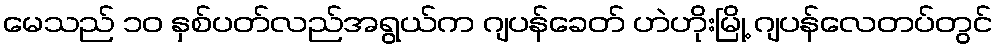
မေသည် ၁၀ နှစ်ပတ်လည်အရွယ်က ဂျပန်ခေတ် ဟဲဟိုးမြို့ ဂျပန်လေတပ်တွင်